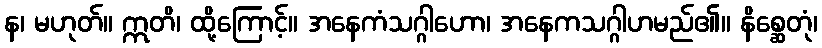
န၊ မဟုတ်။ ဣတိ၊ ထို့ကြောင့်။ အနေကံသဂ္ဂါဟော၊ အနေကသဂ္ဂါဟမည်၏။ နိစ္ဆေတုံ၊